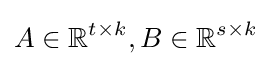
A\in {\mathbb {R} }^{t\times k},B\in {\mathbb {R} }^{s\times k}